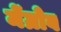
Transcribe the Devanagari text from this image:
मेंग्रोव